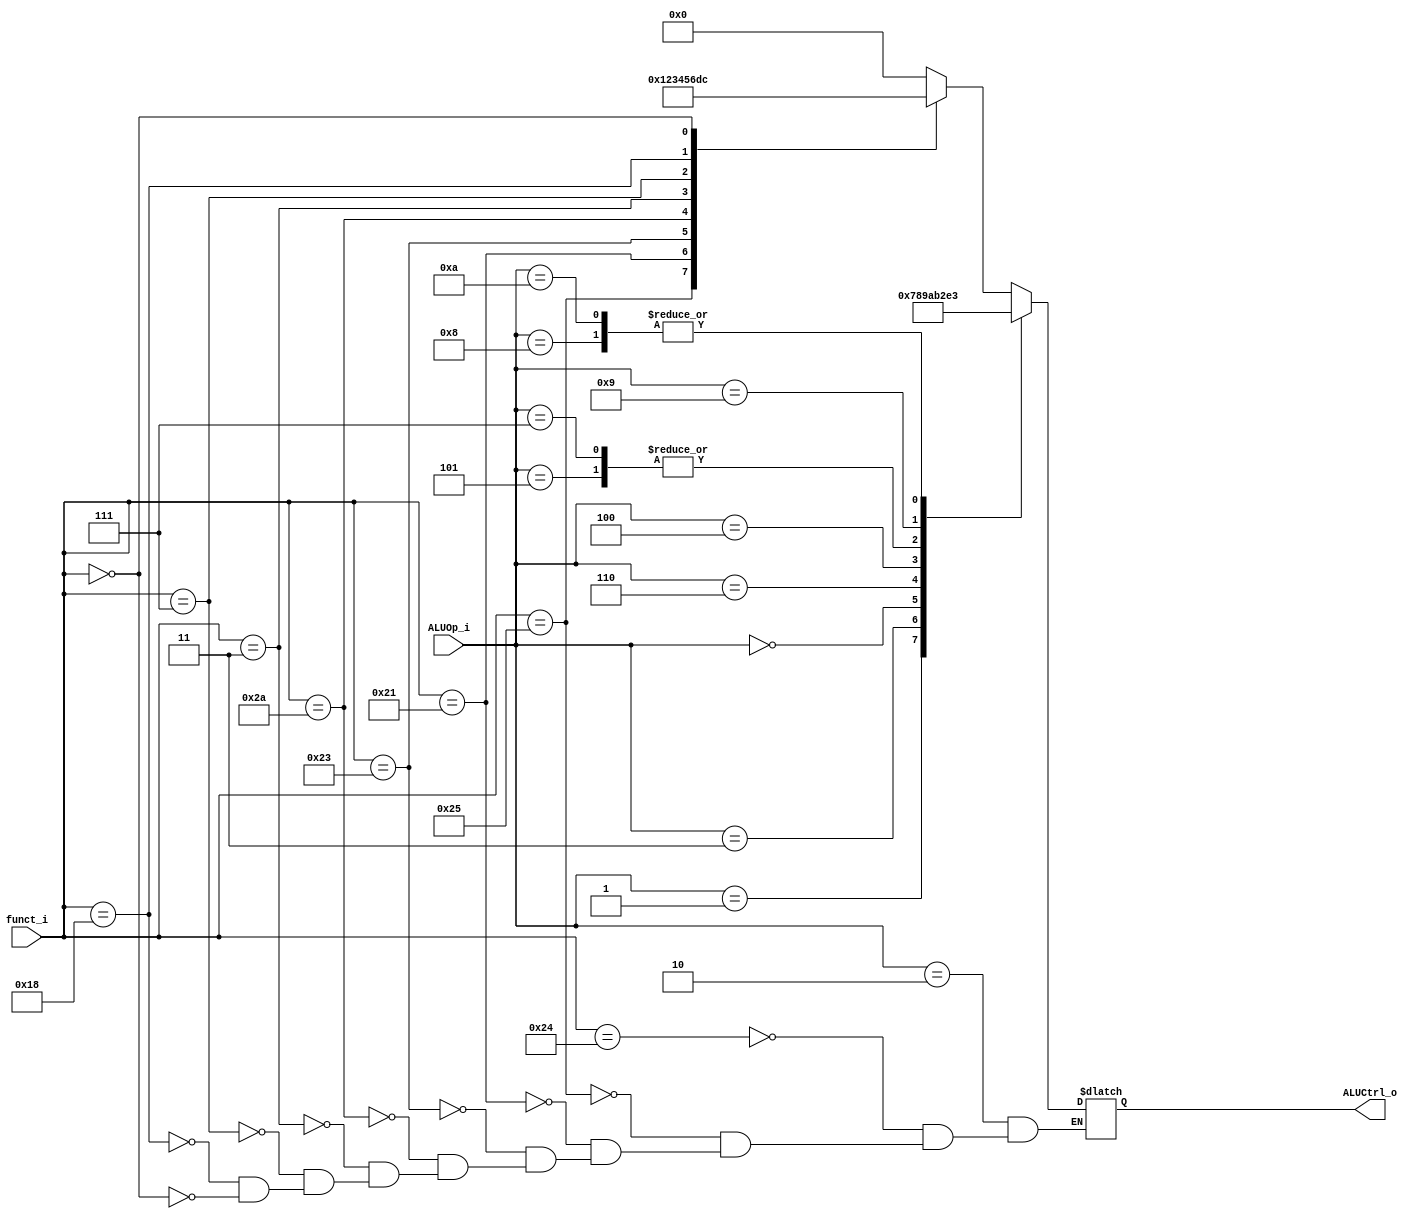
//Subject:     CO project 2 - ALU Controller
//--------------------------------------------------------------------------------
//Version:     2.0
//--------------------------------------------------------------------------------
//Writer:      0616077 0616091
//----------------------------------------------
//----------------------------------------------
//Description: ALU_controller
//--------------------------------------------------------------------------------

module ALU_Ctrl(
          funct_i,
          ALUOp_i,
          ALUCtrl_o
          );
          
//I/O ports 
input      [6-1:0] funct_i;
input      [4-1:0] ALUOp_i;

output     [4-1:0] ALUCtrl_o;    
     
//Internal Signals
reg        [4-1:0] ALUCtrl_o;

//Parameter
//R-type
parameter alu_and   = 4'd0;
parameter alu_or    = 4'd1;
parameter alu_addu  = 4'd2;
parameter alu_subu  = 4'd3;
parameter alu_slt   = 4'd4;
parameter alu_sra   = 4'd5;
parameter alu_srav  = 4'd6;

//I-type
parameter alu_beq   = 4'd7;
parameter alu_bne   = 4'd8; //bne bnez
parameter alu_addi  = 4'd9;
parameter alu_sltiu = 4'd10;
// parameter alu_lui   = 4'b1011;
parameter alu_ori   = 4'd11;

//new function
parameter alu_sll   = 4'd12; //perform as NOP
parameter alu_mul   = 4'd13;
parameter alu_jal   = 4'd14;

parameter dft   = 4'bxxxx;

//Select exact operation
always @ (*)
begin
    case (ALUOp_i)
        //R-type
        //add, sub, and, or, slt, sra, srav, jr, mul
        4'b0010:
        begin
            case (funct_i)
                6'b100100: ALUCtrl_o <= alu_and;  //and
                6'b100101: ALUCtrl_o <= alu_or;   //or
                6'b100001: ALUCtrl_o <= alu_addu; //addu
                6'b100011: ALUCtrl_o <= alu_subu; //subu
                6'b101010: ALUCtrl_o <= alu_slt;  //slt
                6'b000011: ALUCtrl_o <= alu_sra;  //sra
                6'b000111: ALUCtrl_o <= alu_srav; //srav
                6'b011000: ALUCtrl_o <= alu_mul;  //mul
                6'b000000: ALUCtrl_o <= alu_sll;  //sll
            endcase
        end

        //I-type
        4'b0001: ALUCtrl_o <= alu_beq;   //beq
        4'b0011: ALUCtrl_o <= alu_bne;   //bne bnez
        4'b0000: ALUCtrl_o <= alu_addi;  //addi
        4'b0110: ALUCtrl_o <= alu_sltiu; //sltiu
        4'b0100: ALUCtrl_o <= alu_ori;   //ori

        //lw sw
        4'b0101: ALUCtrl_o <= alu_addu;   //lw
        4'b0111: ALUCtrl_o <= alu_addu;   //sw

        //ble jal bltz
        4'b1000: ALUCtrl_o <= alu_subu;  //ble
        4'b1001: ALUCtrl_o <= alu_jal;  //jal
        4'b1010: ALUCtrl_o <= alu_subu; //bltz
        
        default: ALUCtrl_o <= dft;
    endcase
end
endmodule